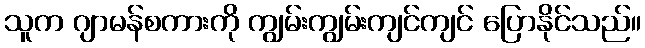
သူက ဂျာမန်စကားကို ကျွမ်းကျွမ်းကျင်ကျင် ပြောနိုင်သည်။